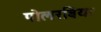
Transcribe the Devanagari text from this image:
पोलरबियर